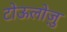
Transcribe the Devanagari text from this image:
टोऊलोज़ु